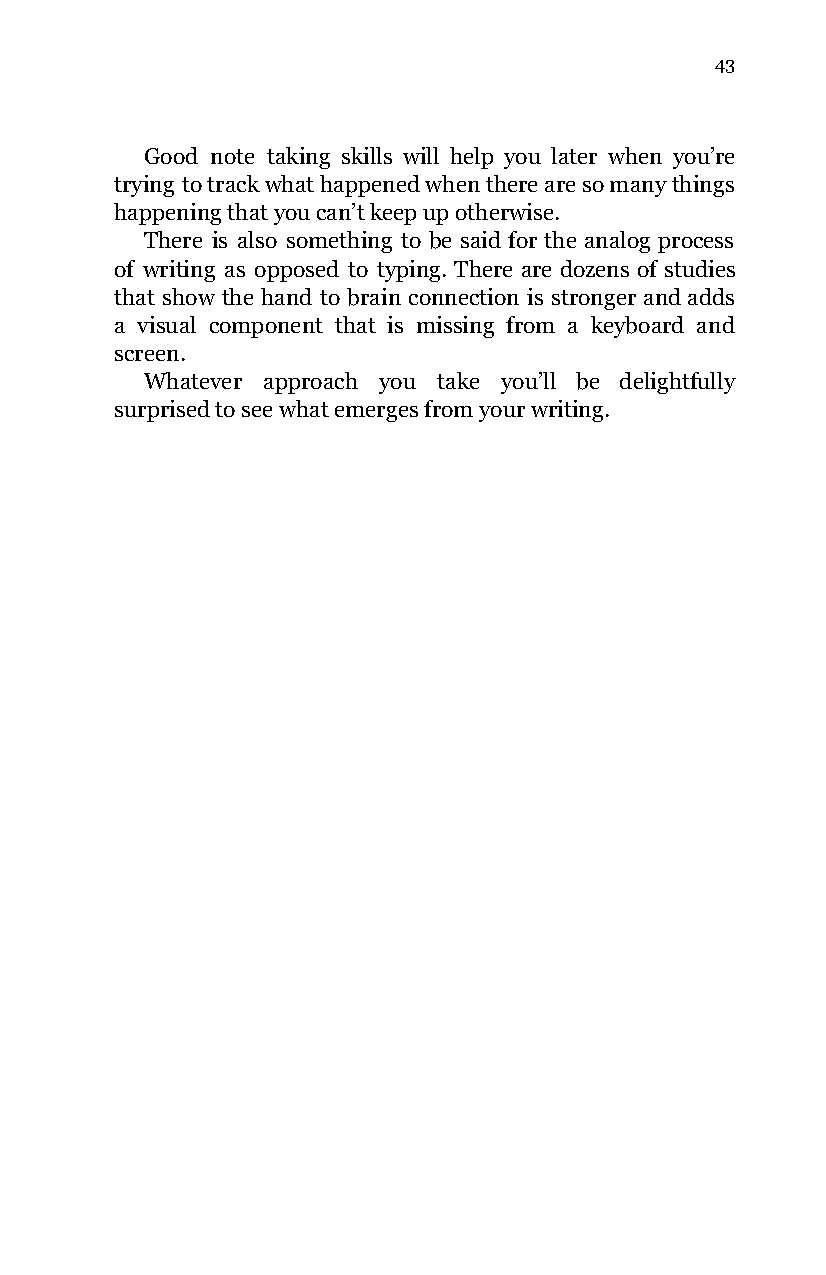
43
 Good note taking skills will help you later when you’re
 trying to track what happened when there are so many things
 happening that you can’t keep up otherwise.
 There is also something to be said for the analog process
 of writing as opposed to typing. There are dozens of studies
 that show the hand to brain connection is stronger and adds
 a visual component that is missing from a keyboard and
 screen.
 Whatever approach you take you’ll be delightfully
 surprised to see what emerges from your writing.